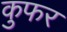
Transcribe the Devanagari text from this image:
कुफर